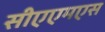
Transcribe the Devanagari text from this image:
सीएएमएस